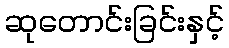
ဆုတောင်းခြင်းနှင့်